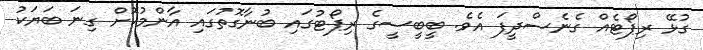
ގުޅޭ ރިޕޯޓެއް ގެނެސްދީފަ އެވެ. ބީބީސީގެ ރިޕޯޓުގައި ބުނާގޮތުގައި އާންމުކޮށް ގިނަ ބަޔަކު